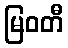
မြဝတီ